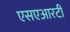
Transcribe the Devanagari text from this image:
एसएआरटी